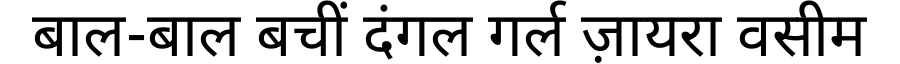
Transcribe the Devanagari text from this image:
बाल-बाल बचीं दंगल गर्ल ज़ायरा वसीम